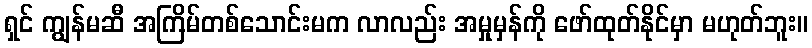
ရှင် ကျွန်မဆီ အကြိမ်တစ်သောင်းမက လာလည်း အမှုမှန်ကို ဖော်ထုတ်နိုင်မှာ မဟုတ်ဘူး။